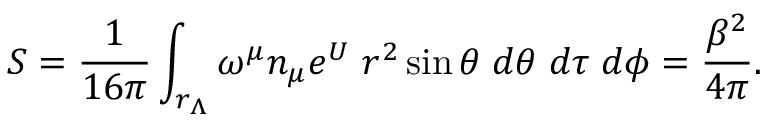
S = { \frac { 1 } { 1 6 \pi } } \int _ { r _ { \Lambda } } \omega ^ { \mu } n _ { \mu } e ^ { U } \; r ^ { 2 } \sin { \theta } \; d \theta \; d \tau \; d \phi = \frac { \beta ^ { 2 } } { 4 \pi } .